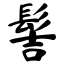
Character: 髻